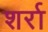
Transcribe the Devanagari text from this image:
शर्रा